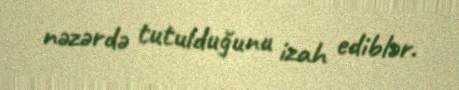
nəzərdə tutulduğunu izah ediblər.